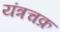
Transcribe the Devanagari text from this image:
यंत्रचक्र